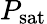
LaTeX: P_{\mathrm{sat}}